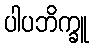
ပါပဘိက္ခူ